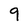
Character: 9